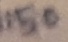
Text: 150